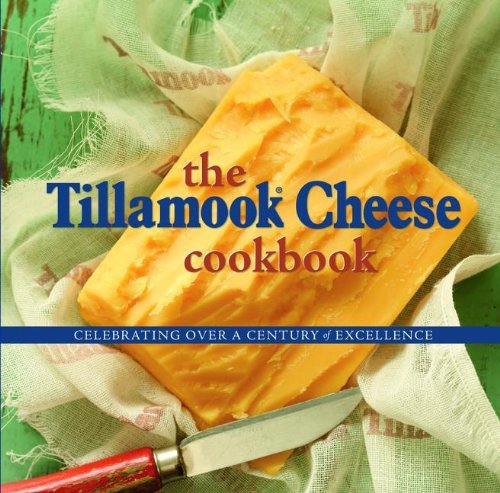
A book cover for The Tillamook Cheese Cookbook: Celebrating Over a Century of Excellence; Cookbooks, Food & Wine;